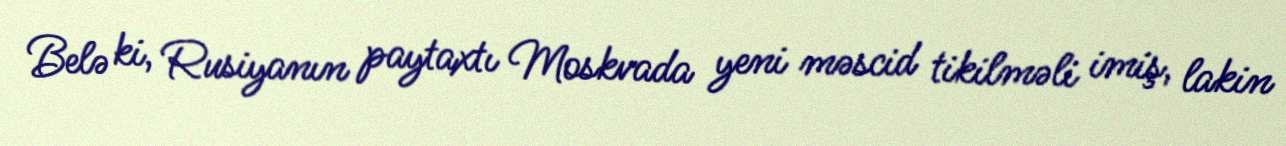
Belə ki, Rusiyanın paytaxtı Moskvada yeni məscid tikilməli imiş, lakin